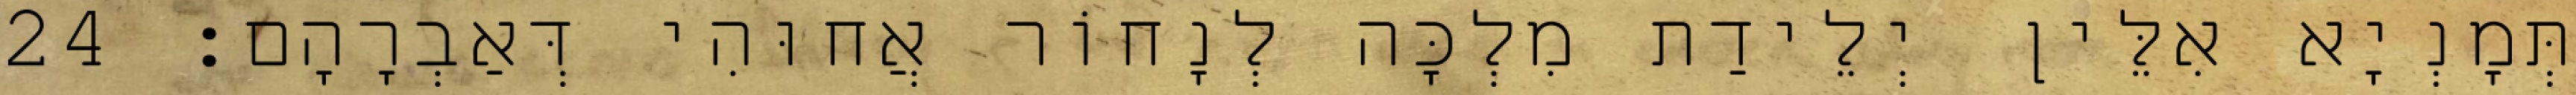
תְּמָנְיָא אִלֵּין יְלֵידַת מִלְכָּה לְנָחוֹר אֲחוּהִי דְּאַבְרָהָם׃ 24